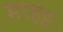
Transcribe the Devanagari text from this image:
मरहठ्ठ